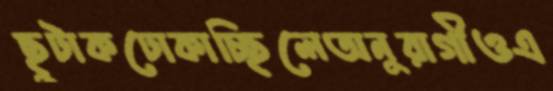
ছুটাকঢোকাচ্ছিলেঅনুরাগীওএ